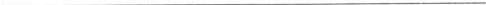
___